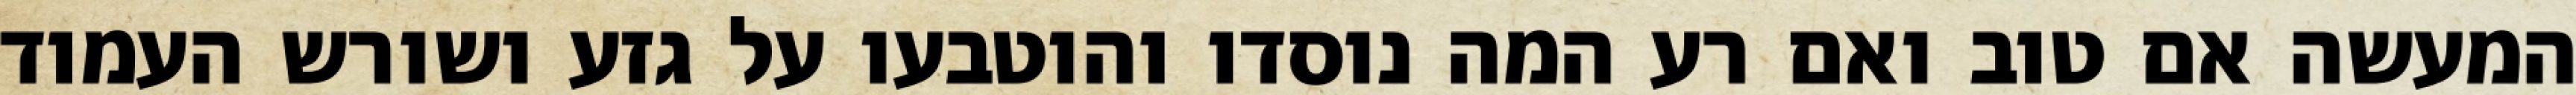
המעשה אם טוב ואם רע המה נוסדו והוטבעו על גזע ושורש העמוד